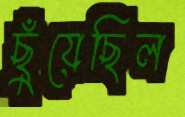
ছুঁয়েছিল